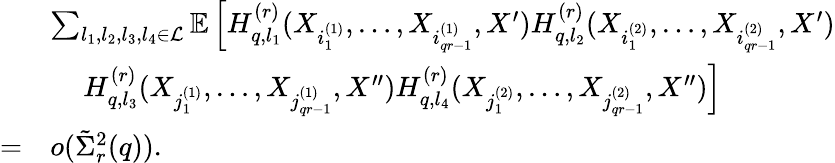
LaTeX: \begin{array}{rl}&{\sum_{l_{1},l_{2},l_{3},l_{4}\in\mathcal{L}}\mathbb{E}\left[H_{q,l_{1}}^{(r)}(X_{i_{1}^{(1)}},\ldots,X_{i_{qr-1}^{(1)}},X^{\prime})H_{q,l_{2}}^{(r)}(X_{i_{1}^{(2)}},\ldots,X_{i_{qr-1}^{(2)}},X^{\prime})\right.}\\ &{~~~~\left.H_{q,l_{3}}^{(r)}(X_{j_{1}^{(1)}},\ldots,X_{j_{qr-1}^{(1)}},X^{\prime\prime})H_{q,l_{4}}^{(r)}(X_{j_{1}^{(2)}},\ldots,X_{j_{qr-1}^{(2)}},X^{\prime\prime})\right]}\\ {=}&{o(\tilde{\Sigma}_{r}^{2}(q)).}\end{array}